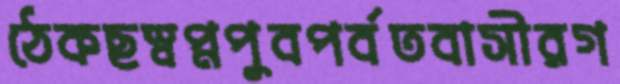
ঠেকছস্বপ্নপুবপর্বতবাসীরগ